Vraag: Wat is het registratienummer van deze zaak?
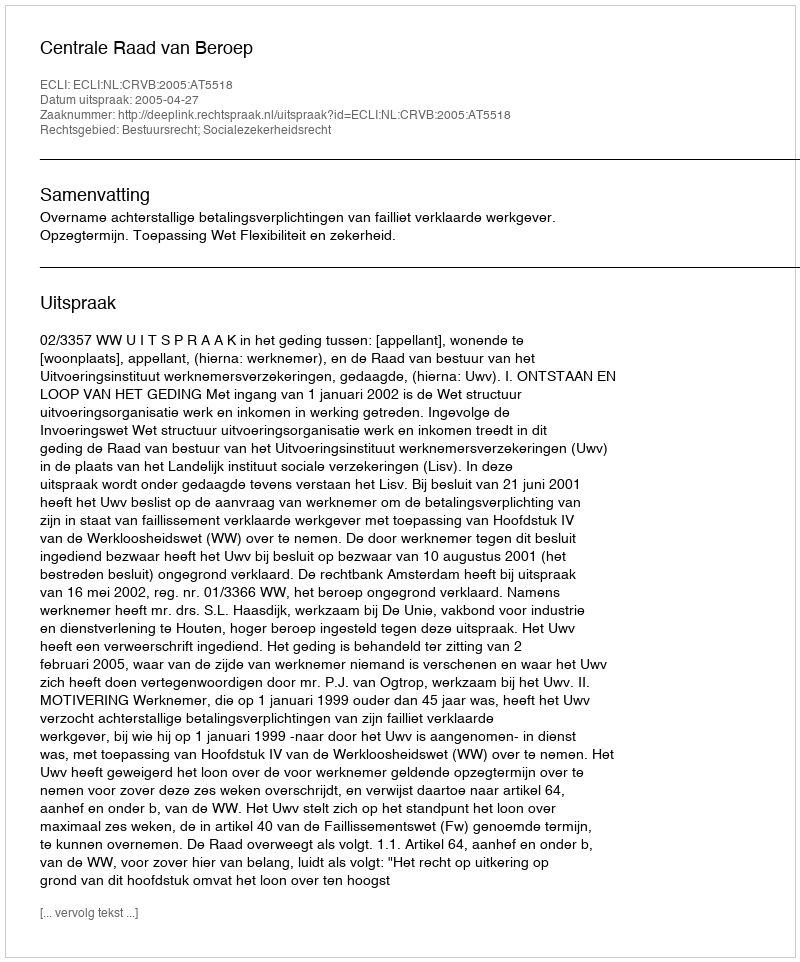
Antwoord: http://deeplink.rechtspraak.nl/uitspraak?id=ECLI:NL:CRVB:2005:AT5518